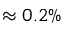
\approx 0 . 2 \%